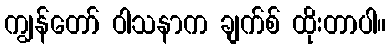
ကျွန်တော် ဝါသနာက ချက်စ် ထိုးတာပါ။